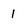
Character: 1